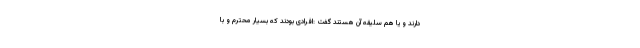
دارند و یا هم سلیقه آن هستند گفت :افرادی بودند که بسیار محترم و با